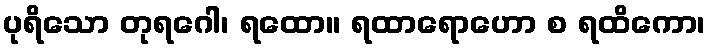
ပုရိသော တုရဂေါ၊ ရထော။ ရထာရောဟော စ ရထိကော၊